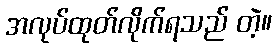
အလုပ်ထုတ်လိုက်ရသည် တဲ့။